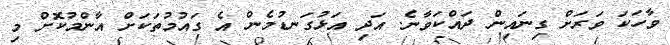
ވާހަކަ ވަރަށް ގިނައިން ދައްކަވާނެ. އަދި އަޅުގަނޑުމެން އެ ގައުމުތަކަށް އާންމުކޮށް މި